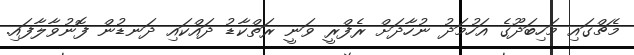
މެޗްގައި މަހިބަދޫގެ އަހުމަދު ނުހާދަށް ރެފްރީ ވަނީ ރަތްކާޑު ދައްކައި ދަނޑުން ފޮނުވާލާފައި.